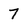
Character: 7